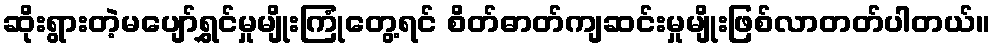
ဆိုးရွားတဲ့မပျော်ရွှင်မှုမျိုးကြုံတွေ့ရင် စိတ်ဓာတ်ကျဆင်းမှုမျိုးဖြစ်လာတတ်ပါတယ်။